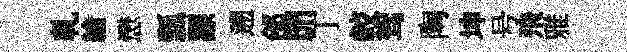
乹綸懋瓢謤遡郃𦊑丁較驾陶坤号飛雅